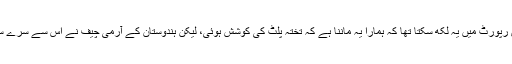
اگر ایڈیٹر، جسے یہ ساری جانکاری متعلقہ شخص سے ملی تھی، تو اس رپورٹ میں یہ لکھ سکتا تھا کہ ہمارا یہ ماننا ہے کہ تختہ پلٹ کی کوشش ہوئی، لیکن ہندوستان کے آرمی چیف نے اس سے سرے سے انکار کیا اور آرمی کی کمپنیوں کے موومنٹ کے بھی اسباب بتائے۔